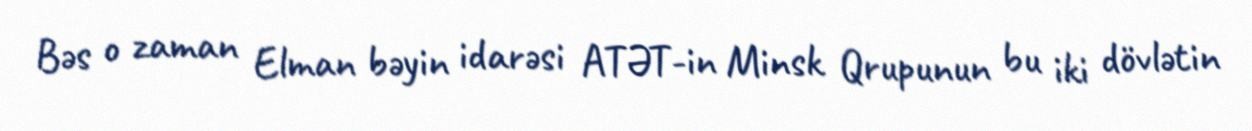
Bəs o zaman Elman bəyin idarəsi ATƏT-in Minsk Qrupunun bu iki dövlətin